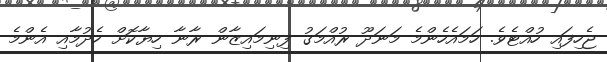
ޖެހިފައި ހުއްޓެވެ. ހަމައެހެންމެ މަނަދޫ ރުއްމަގު ފިނިމައިޒާން ރާނާ ހިޔާކޮށް ހެދުމާއި އެންމެ